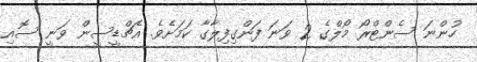
ހުންނަ ސެންޓްރޯ މޯލްގެ 2 ވަނަ ފަންގިފިލާގާ ކަމަށެވެ. އެޗްޑީސީން ވަނީ ސޮއި